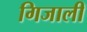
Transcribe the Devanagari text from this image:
गिजाली